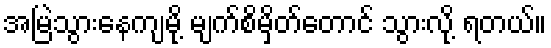
အမြဲသွားနေကျမို့ မျက်စိမှိတ်တောင် သွားလို့ ရတယ်။